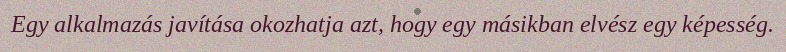
Egy alkalmazás javítása okozhatja azt, hogy egy másikban elvész egy képesség.